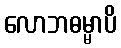
လောဘဓမ္မာပိ